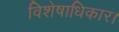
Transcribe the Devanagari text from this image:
विशेषाधिकार।